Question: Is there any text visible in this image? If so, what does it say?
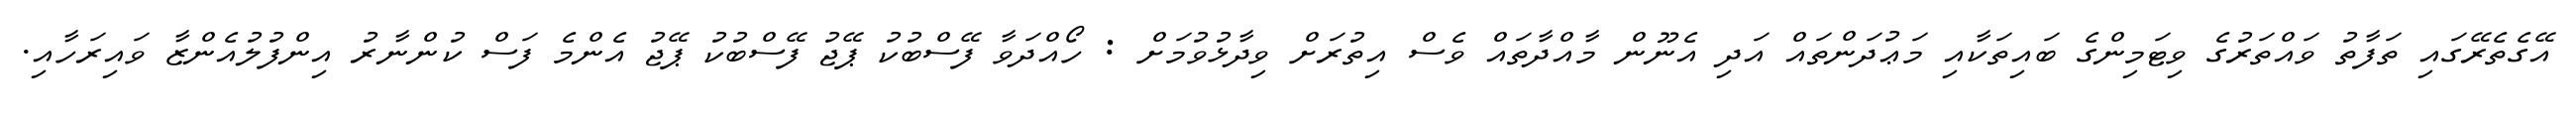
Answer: އޭގެތެރޭގައި ތަފާތު ވައްތަރުގެ ވިޓަމިންގެ ބައިތަކާއި މަޢުދަންތައް އަދި އެނޫން މާއްދާތައް ވެސް އިތުރަށް ވިދާޅުވުމަށް : ހޯއްދަވާ ފޭސްބުކު ޕޭޖު ފޭސްބުކު ޕޭޖު އެންމެ ފަސް ކުންނާރު އިންފުލުއެންޒާ ވައިރަހާއި.